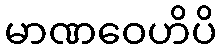
မာဏဝေဟိပိ